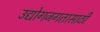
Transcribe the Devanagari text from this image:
उद्योगजगतासाठी